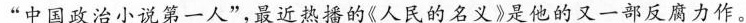
”中国政治小说第一人”，最近热播的《人民的名义》是他的又一部反腐力作。